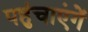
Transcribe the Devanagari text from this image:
पहुंचाएंगें